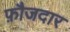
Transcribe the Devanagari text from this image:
फ़ौजदार